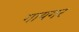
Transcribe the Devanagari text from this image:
गायगर